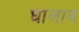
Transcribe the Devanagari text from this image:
घालाव